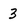
Character: 3